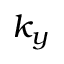
k _ { y }